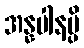
အန္နပါနမ္ပိ